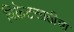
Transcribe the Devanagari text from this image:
विकेटसाठीचा